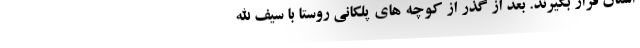
استان قرار بگیرند. بعد از گذر از کوچه های پلکانی روستا با سیف الله